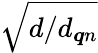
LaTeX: \sqrt{d/d_{{\boldsymbol q}n}}